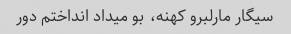
سیگار مارلبرو کهنه، بو میداد انداختم دور